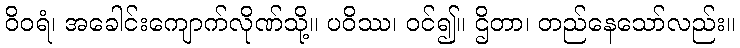
ဝိဝရံ၊ အခေါင်းကျောက်လိုဏ်သို့။ ပဝိဿ၊ ဝင်၍။ ဌိတာ၊ တည်နေသော်လည်း။